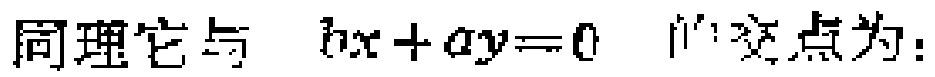
同理它与 \(bx + ay = 0\) 的交点为：